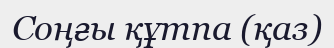
Соңғы құтпа (қаз)